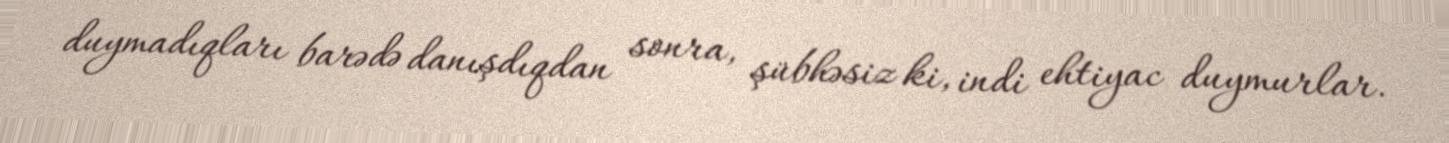
duymadıqları barədə danışdıqdan sonra, şübhəsiz ki, indi ehtiyac duymurlar.